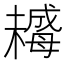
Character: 𣚺